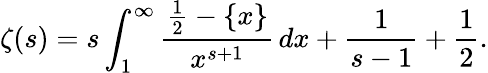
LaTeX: \zeta(s)=s\int_{1}^{\infty}{\frac{{\frac{1}{2}}-\{ x\} }{x^{s+1}}}\, dx+{\frac{1}{s-1}}+{\frac{1}{2}}.